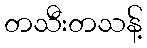
တသီးတသန့်